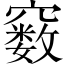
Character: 𥨧